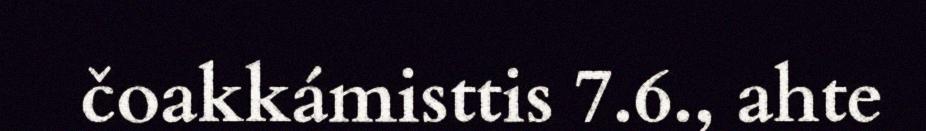
čoakkámisttis 7.6., ahte